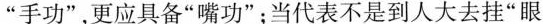
“手功”，更应具备”嘴功”；当代表不是到人大去挂“眼